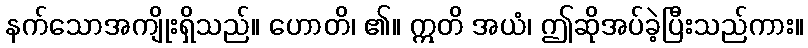
နက်သောအကျိုးရှိသည်။ ဟောတိ၊ ၏။ ဣတိ အယံ၊ ဤဆိုအပ်ခဲ့ပြီးသည်ကား။